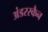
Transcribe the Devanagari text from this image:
अंडरस्कैन